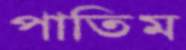
পাতিম